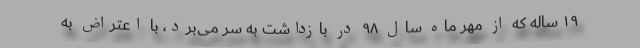
۱۹ ساله که از مهر ماه سال ۹۸ در بازداشت به سر می‌برد، با اعتراض به